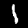
Digit: 1